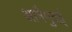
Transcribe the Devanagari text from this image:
आनैमुदई